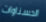
الحسناوات